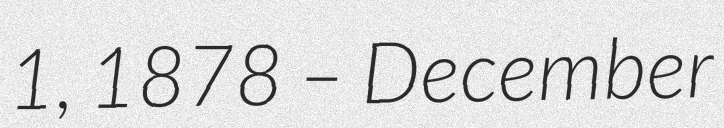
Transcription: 1, 1878 – December